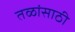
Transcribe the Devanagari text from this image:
तळांसाठी